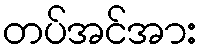
တပ်အင်အား